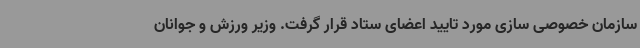
سازمان خصوصی سازی مورد تایید اعضای ستاد قرار گرفت. وزیر ورزش و جوانان